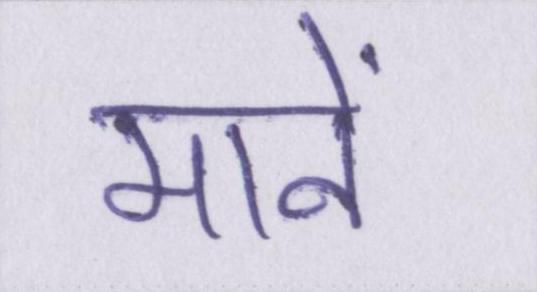
मानें